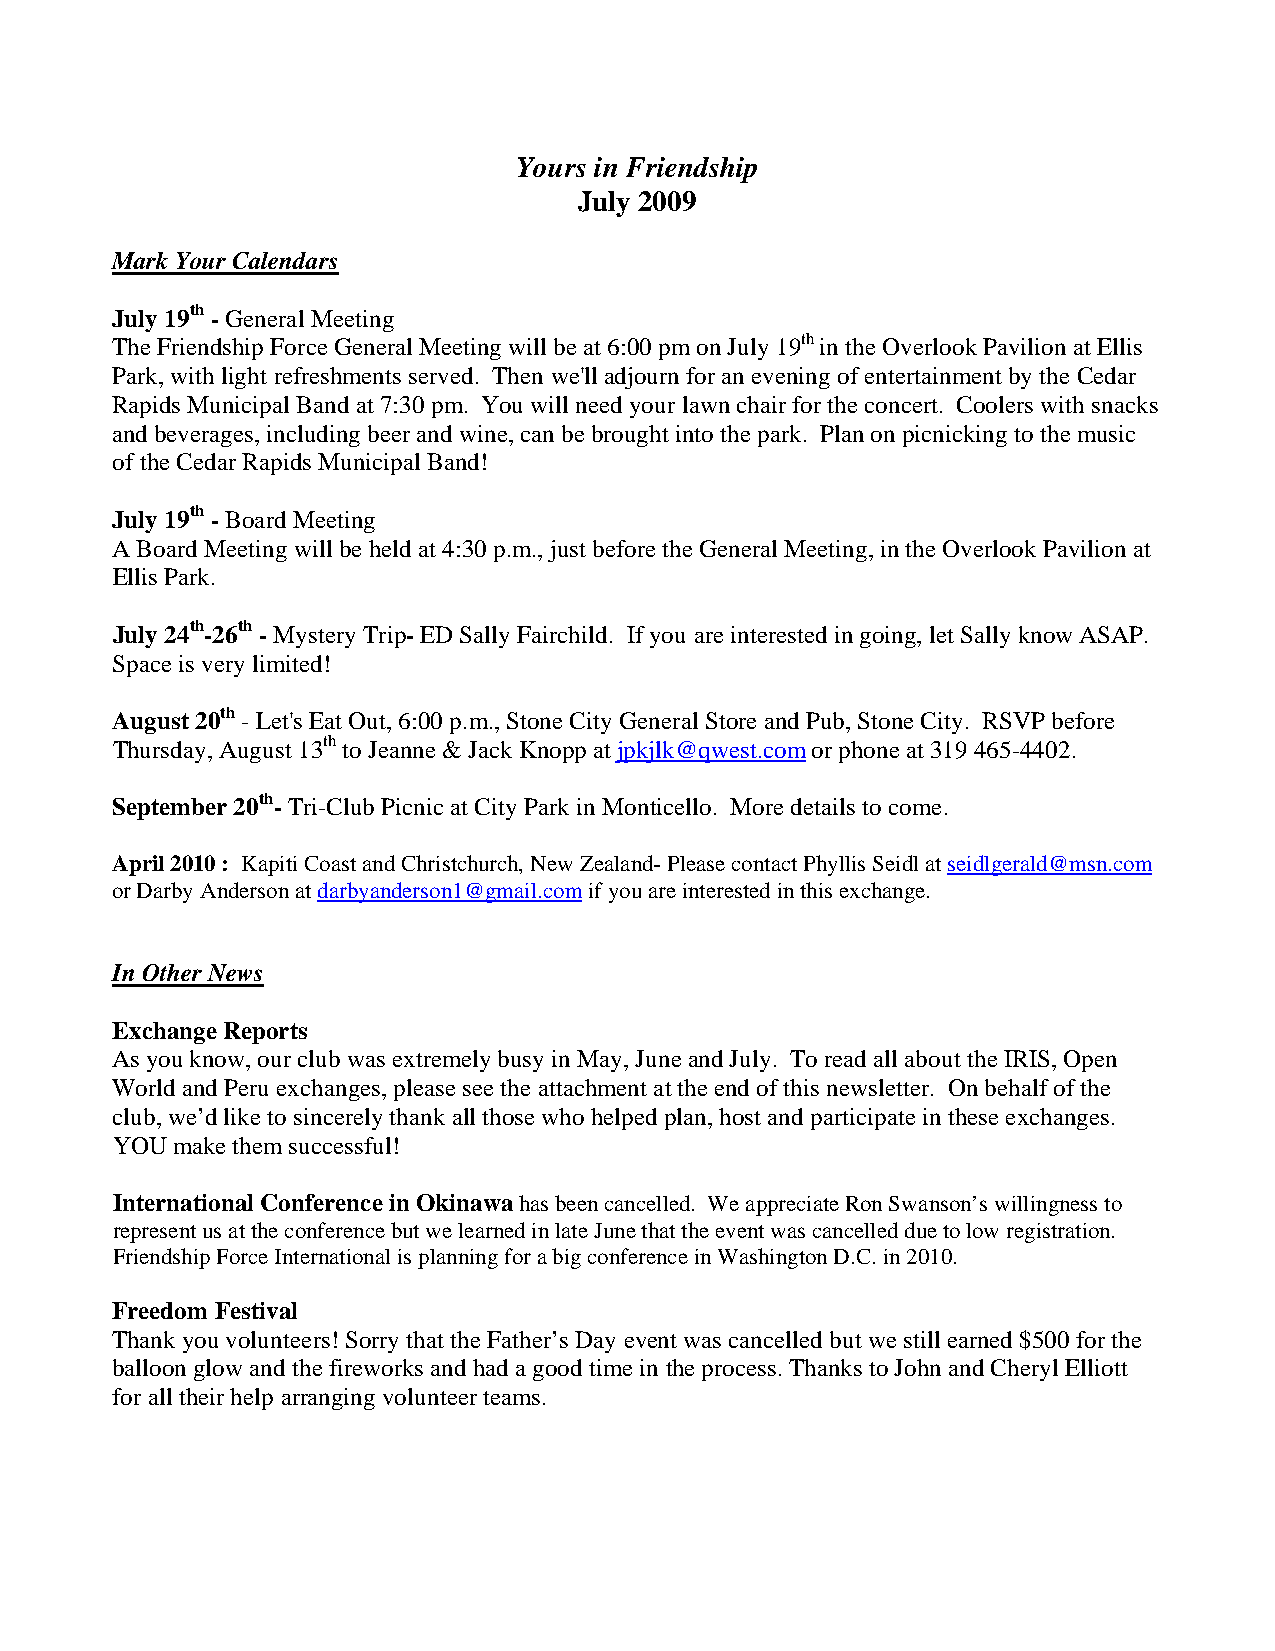
Yours in Friendship
 July 2009
 Mark Your Calendars
 July 19th - General Meeting
 The Friendship Force General Meeting will be at 6:00 pm on July 19th in the Overlook Pavilion at Ellis
 Park, with light refreshments served. Then we'll adjourn for an evening of entertainment by the Cedar
 Rapids Municipal Band at 7:30 pm. You will need your lawn chair for the concert. Coolers with snacks
 and beverages, including beer and wine, can be brought into the park. Plan on picnicking to the music
 of the Cedar Rapids Municipal Band!
 July 19th - Board Meeting
 A Board Meeting will be held at 4:30 p.m., just before the General Meeting, in the Overlook Pavilion at
 Ellis Park.
 July 24th-26th - Mystery Trip- ED Sally Fairchild. If you are interested in going, let Sally know ASAP.
 Space is very limited!
 August 20th - Let's Eat Out, 6:00 p.m., Stone City General Store and Pub, Stone City. RSVP before
 Thursday, August 13th to Jeanne & Jack Knopp at jpkjlk@qwest.com or phone at 319 465-4402.
 September 20th- Tri-Club Picnic at City Park in Monticello. More details to come.
 April 2010 : Kapiti Coast and Christchurch, New Zealand- Please contact Phyllis Seidl at seidlgerald@msn.com
 or Darby Anderson at darbyanderson1@gmail.com if you are interested in this exchange.
 In Other News
 Exchange Reports
 As you know, our club was extremely busy in May, June and July. To read all about the IRIS, Open
 World and Peru exchanges, please see the attachment at the end of this newsletter. On behalf of the
 club, we’d like to sincerely thank all those who helped plan, host and participate in these exchanges.
 YOU make them successful!
 International Conference in Okinawa has been cancelled. We appreciate Ron Swanson’s willingness to
 represent us at the conference but we learned in late June that the event was cancelled due to low registration.
 Friendship Force International is planning for a big conference in Washington D.C. in 2010.
 Freedom Festival
 Thank you volunteers! Sorry that the Father’s Day event was cancelled but we still earned $500 for the
 balloon glow and the fireworks and had a good time in the process. Thanks to John and Cheryl Elliott
 for all their help arranging volunteer teams.